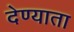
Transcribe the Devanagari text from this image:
देण्याता